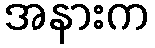
အနားက